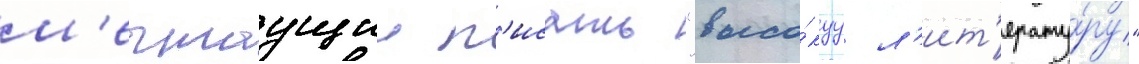
м'ечтаущии п'исать "высо́куу л'ит'ерату́ру"